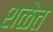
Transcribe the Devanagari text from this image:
शळेत